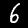
Digit: 6